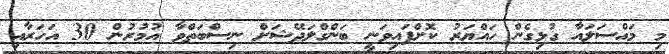
މި މައްސަލައާ ގުޅިގެން ހައްޔަރު ކޮށްފައިވަނީ ބަންގްލަދޭޝަށް ނިސްބަތްވާ އުމުރުން 30 އަހަރާއި